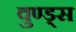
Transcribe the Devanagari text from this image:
वुण्ड्स